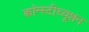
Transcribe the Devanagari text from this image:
कॉन्स्टीच्यूशन